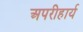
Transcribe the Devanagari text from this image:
अपरीहार्य